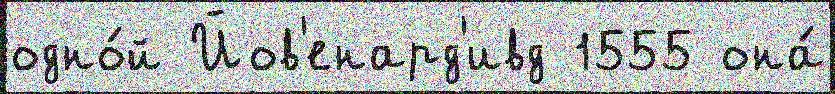
одно́й Йов'енард'ивд 1555 она́